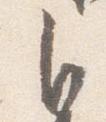
自